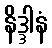
နိဒ္ဒါနံ